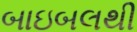
બાઇબલથી